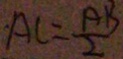
\cdot A C = \frac { A B } { 2 }